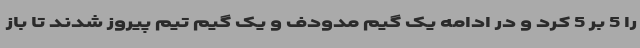
را 5 بر 5 کرد و در ادامه یک گیم مدودف و یک گیم تیم پیروز شدند تا باز